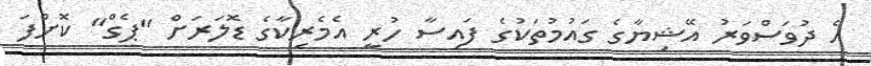
އެ ދުވަސްވަރު އޭޝިޔާގެ ގައުމުތަކުގެ ފައިސާ ހުރީ އެމެރިކާގެ ޑޮލަރަށް "ޕެގް" ކޮށްފަ